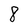
Character: 8